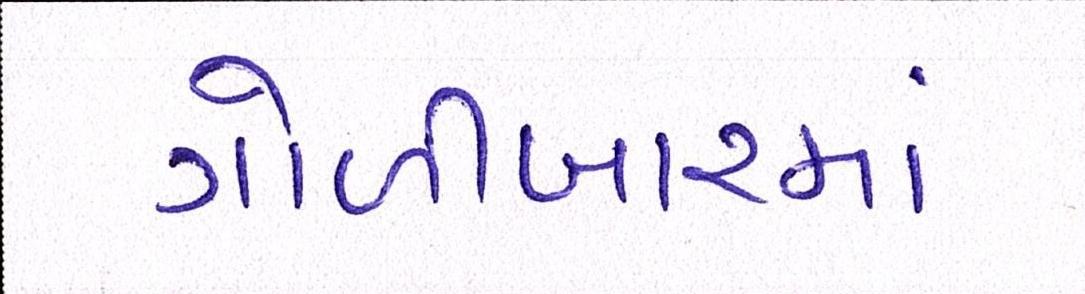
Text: ગોળીબારમાં